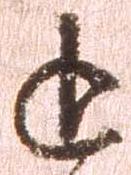
追